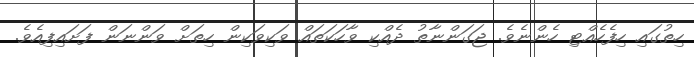
ހިތުގައި ހިފެހެއްޓި ހެންނެވެ. ޖަގަންނާތު ދެއްކި ވާހަކަތައް ވަކިވަކިން ހިތަށް ވަންނަން ފަށައިފިއެވެ.